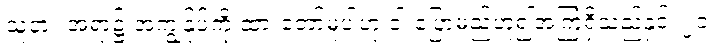
သူငှား အရာ၌ အကျွန်ုပ်ကို ထားတော်မူပါဟု ငါ ပြောမည်ဟူ၍အကြံရှိသည်နှင့်၊ ၂၀